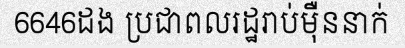
6646ដង ប្រជាពលរដ្ឋរាប់ម៉ឺននាក់